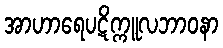
အာဟာရေပဋိက္ကူလဘာဝနာ